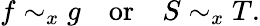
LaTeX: f\sim_{x}g\quad{\mathrm{or}}\quad S\sim_{x}T.